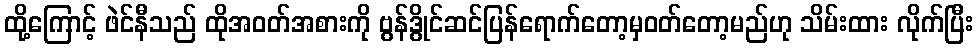
ထို့ကြောင့် ဖဲင်နီသည် ထိုအဝတ်အစားကို ဗွန်ဒွိုင်ဆင်ပြန်ရောက်တော့မှဝတ်တော့မည်ဟု သိမ်းထား လိုက်ပြီး